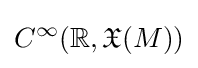
C^{\infty }(\mathbb {R} ,{\mathfrak {X}}(M))